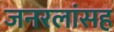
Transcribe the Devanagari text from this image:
जनरलांसह